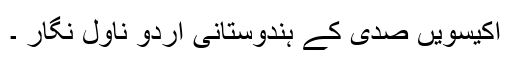
اکیسویں صدی کے ہندوستانی اردو ناول نگار ۔